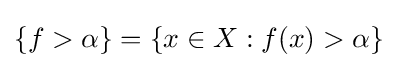
\{f>\alpha \}=\{x\in X:f(x)>\alpha \}